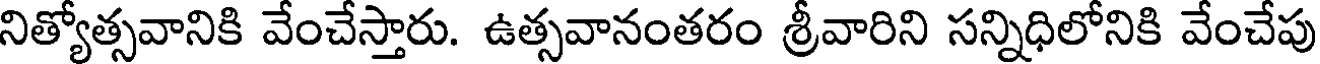
నిత్యోత్సవానికి వేంచేస్తారు. ఉత్సవానంతరం శ్రీవారిని సన్నిధిలోనికి వేంచేపు